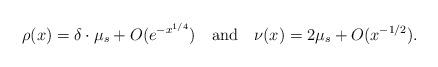
LaTeX: \begin{align*}\rho(x) = \delta \cdot \mu_s + O(e^{-x^{1/4}}) ~~\mbox{ and }~~\nu(x) = 2 \mu_s + O(x^{-1/2}).\end{align*}